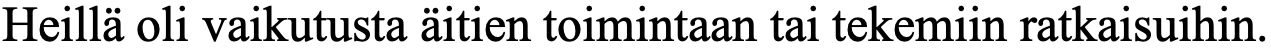
Heillä oli vaikutusta äitien toimintaan tai tekemiin ratkaisuihin.